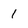
Character: 1